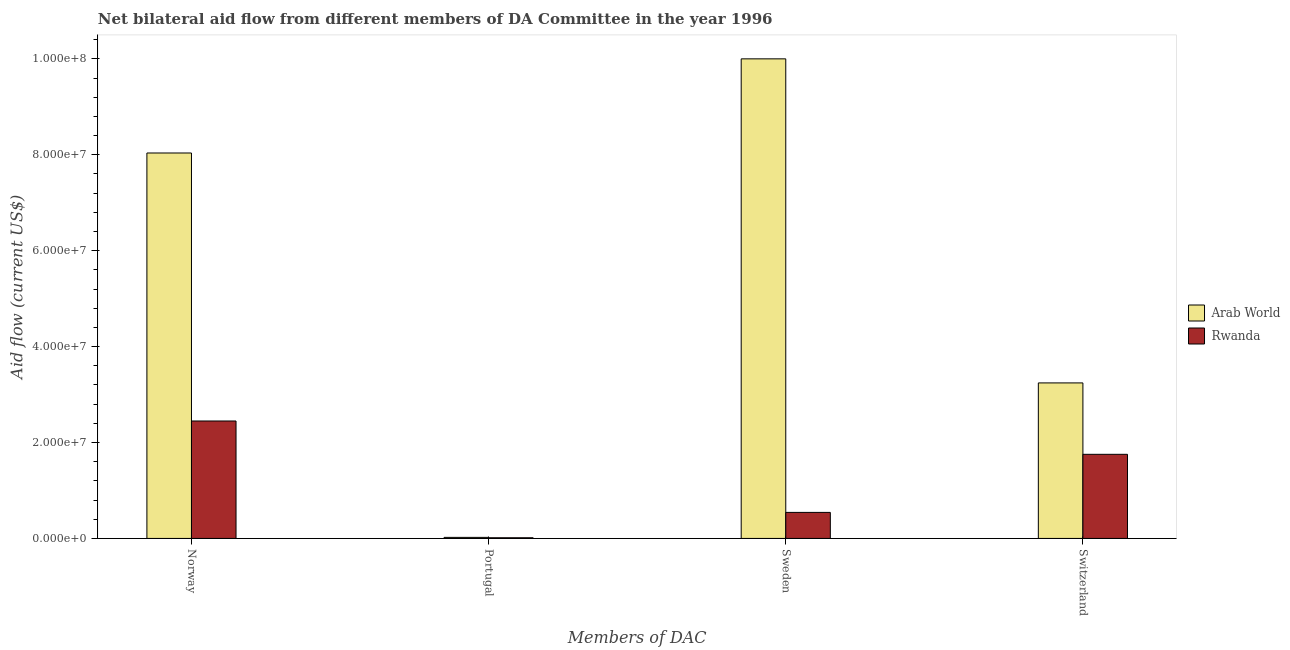
| Members of DAC | Arab World | Rwanda |
 | --- | --- | --- |
 | Norway | 8.04e+07 | 2.45e+07 |
 | Portugal | 2.2e+05 | 1.4e+05 |
 | Sweden | 1e+08 | 5.43e+06 |
 | Switzerland | 3.24e+07 | 1.75e+07 |